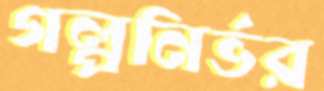
গল্পনির্ভর